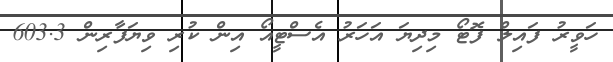
ހަވީރު ފައިލް ފޮޓޯ މިދިޔަ އަހަރު އެސްޓީއޯ އިން ކުރި ވިޔަފާރިން 603.3